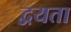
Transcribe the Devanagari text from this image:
द्वयता